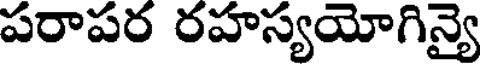
పరాపర రహస్యయోగిన్యై